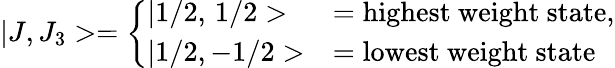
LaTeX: |J,J_{3}>=\left\{ \begin{array}{ll}{{|1/2,\, 1/2>}}&{{={\mathrm{highest~weight~state}},}}\\ {{|1/2,-1/2>}}&{{={\mathrm{lowest~weight~state}}}}\end{array}\right.